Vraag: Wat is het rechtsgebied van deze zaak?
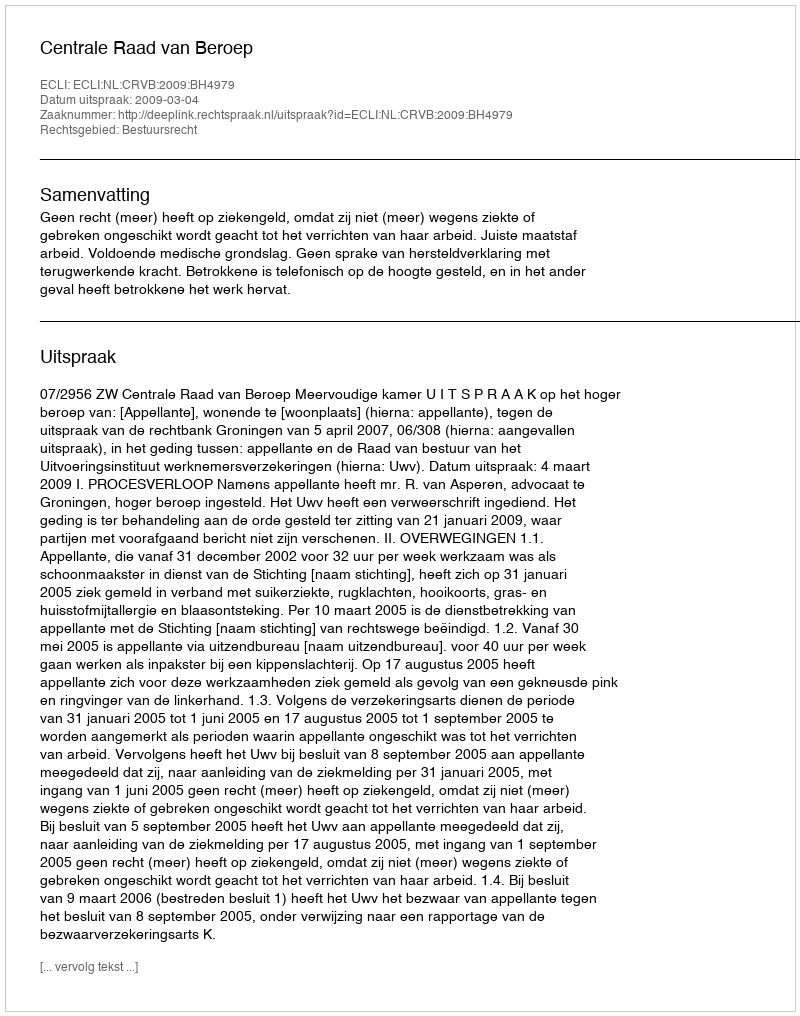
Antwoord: Bestuursrecht